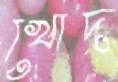
খোদ